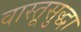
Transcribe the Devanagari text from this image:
वास्तूसुद्धा